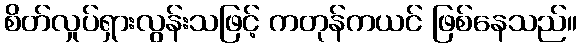
စိတ်လှုပ်ရှားလွန်းသဖြင့် ကတုန်ကယင် ဖြစ်နေသည်။